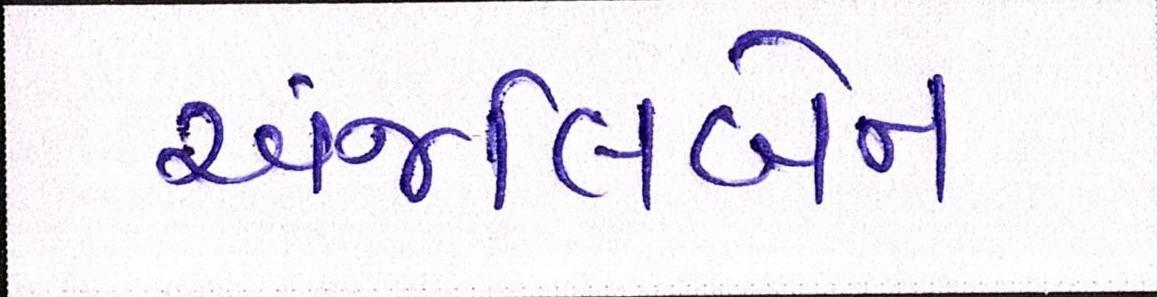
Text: અંજલિબેન